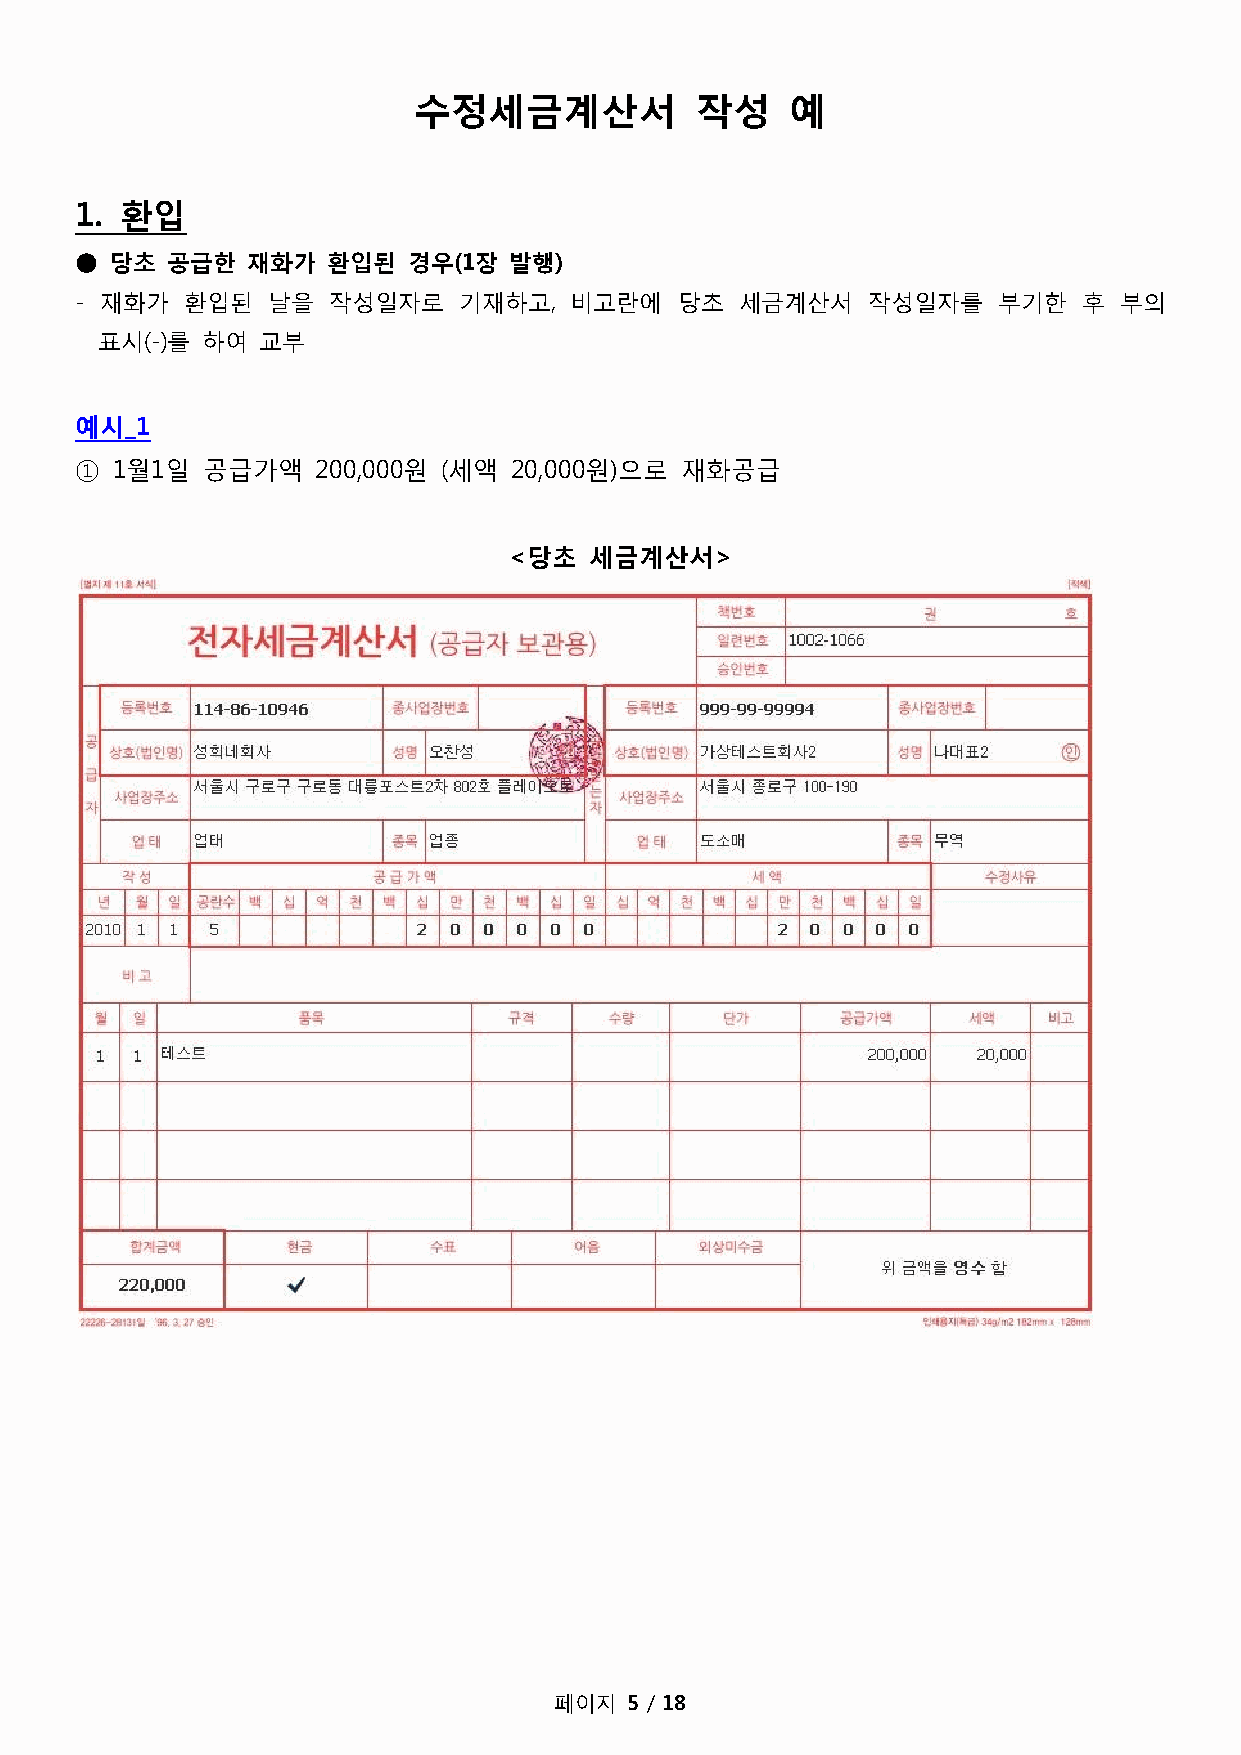
수정세금계산서            작성    예
 1. 환입
 ● 당초  공급한  재화가   환입된  경우(1장  발행)
 - 재화가  홖입된   날을  작성일자로   기재하고,   비고란에   당초  세금계산서   작성일자를    부기한   후 부의
 표시(-)를 하여  교부
 예시_1
 ① 1월1일  공급가액    200,000원 (세액 20,000원)으로 재화공급
 <당초  세금계산서>
 페이지  5 / 18